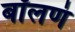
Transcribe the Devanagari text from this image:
बॉलणं